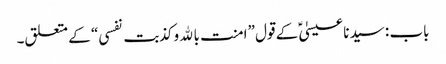
باب : سیدنا عیسیٰؑ کے قول ”امنت بالله وکذبت نفسی“ کے متعلق۔